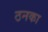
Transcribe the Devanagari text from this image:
ठनका